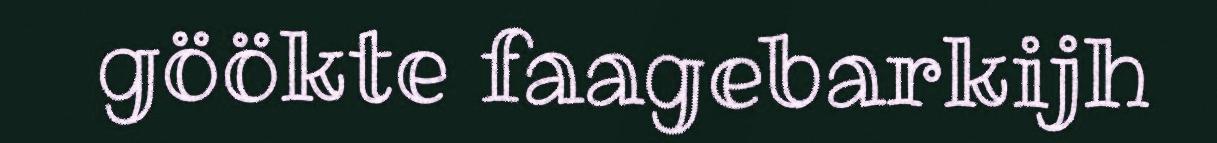
göökte faagebarkijh